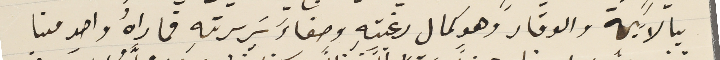
بالابهة والوقار وهو كمال رغبتهِ وصفاءَ سَريرتهِ فما راهُ واحد منا